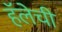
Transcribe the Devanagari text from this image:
हॅलेची